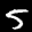
Label: 5